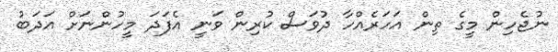
ނުޖެހިން މީގެ ތިން އަހަރެއްހާ ދުވަސް ކުރިން ވަނީ އެފަދަ މީހުންނަށް އަދަބު